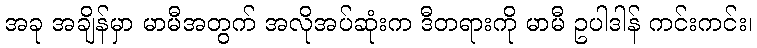
အခု အချိန်မှာ မာမီအတွက် အလိုအပ်ဆုံးက ဒီတရားကို မာမီ ဥပါဒါန် ကင်းကင်း၊